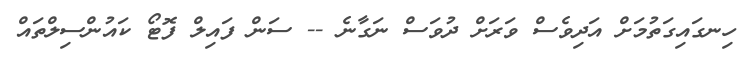
ހިނގައިގަތުމަށް އަދިވެސް ވަރަށް ދުވަސް ނަގާނެ -- ސަން ފައިލް ފޮޓޯ ކައުންސިލްތައް